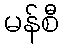
မန်စီ